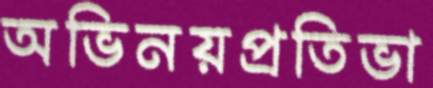
অভিনয়প্রতিভা